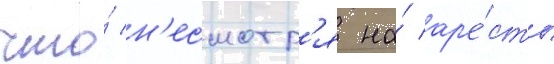
что́ н'есмотр'я на́ ар'е́сты